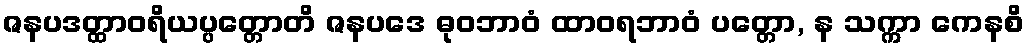
ဇနပဒတ္ထာဝရိယပ္ပတ္တောတိ ဇနပဒေ ဓုဝဘာဝံ ထာဝရဘာဝံ ပတ္တော, န သက္ကာ ကေနစိ